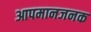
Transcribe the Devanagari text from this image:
आपमानजनक